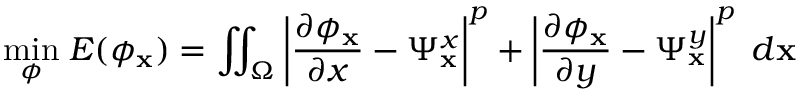
\underset { \phi } { \operatorname* { m i n } } \; E ( \phi _ { \mathbf { x } } ) = \iint _ { \Omega } \left\lvert \frac { \partial \phi _ { \mathbf { x } } } { \partial x } - \Psi _ { \mathbf { x } } ^ { x } \right\rvert ^ { p } + \left\lvert \frac { \partial \phi _ { \mathbf { x } } } { \partial y } - \Psi _ { \mathbf { x } } ^ { y } \right\rvert ^ { p } \; d \mathbf { x }